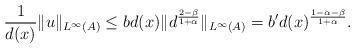
LaTeX: \begin{align*} \frac{1}{d(x)}\|u\|_{L^\infty(A)} \leq b d(x) \|d^{\frac{2-\beta}{1+\alpha}}\|_{L^\infty(A)} = b' d(x)^{\frac{1-\alpha-\beta}{1+\alpha}}.\end{align*}